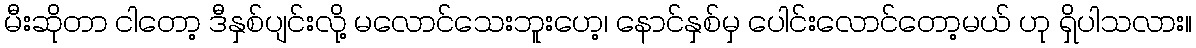
မီးဆိုတာ ငါတော့ ဒီနှစ်ပျင်းလို့ မလောင်သေးဘူးဟေ့၊ နောင်နှစ်မှ ပေါင်းလောင်တော့မယ် ဟု ရှိပါသလား။